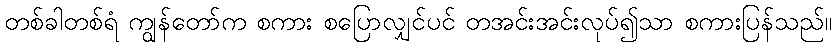
တစ်ခါတစ်ရံ ကျွန်တော်က စကား စပြောလျှင်ပင် တအင်းအင်းလုပ်၍သာ စကားပြန်သည်။